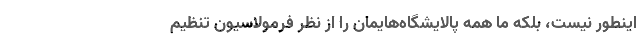
اینطور نیست، بلکه ما همه پالایشگاه‌هایمان را از نظر فرمولاسیون تنظیم